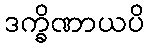
ဒက္ခိဏာယပိ